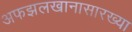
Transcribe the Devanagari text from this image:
अफझलखानासारख्या